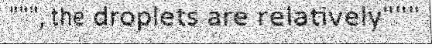
""", the droplets are relatively"""